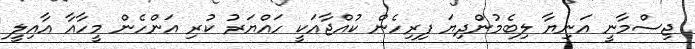
ޖިސްމާނީ އަނިޔާ ލިބެމުންދިޔަ ފިރިހެން ކުއްޖާއަކީ ހައްޔަރު ކުރި އަންހެން މީހާއާ އާއިލީ